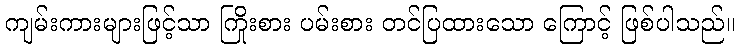
ကျမ်းကားများဖြင့်သာ ကြိုးစား ပမ်းစား တင်ပြထားသော ကြောင့် ဖြစ်ပါသည်။